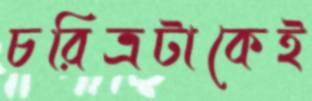
চরিত্রটাকেই